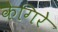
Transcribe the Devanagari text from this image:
केगिरे